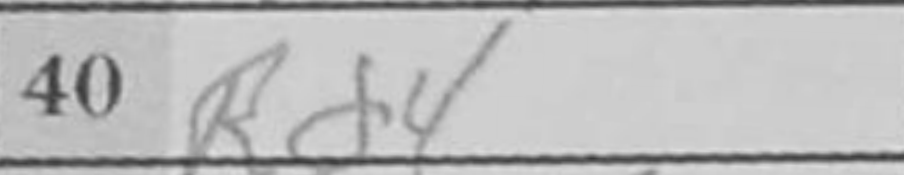
Transcription: Rd4